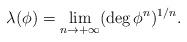
LaTeX: \begin{align*}\lambda(\phi)=\lim_{n\to +\infty}(\deg \phi^n)^{1/n}.\end{align*}